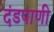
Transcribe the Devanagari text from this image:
दंडपाणी